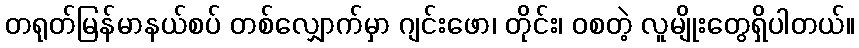
တရုတ်မြန်မာနယ်စပ် တစ်လျှောက်မှာ ဂျင်းဖော၊ တိုင်း၊ ဝစတဲ့ လူမျိုးတွေရှိပါတယ်။